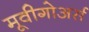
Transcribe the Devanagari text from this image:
मूवीगोअर्स